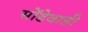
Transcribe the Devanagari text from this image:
सोंडेवाडी